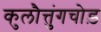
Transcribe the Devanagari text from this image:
कुलौत्तुंगचोड़